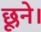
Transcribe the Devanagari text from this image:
छूने।